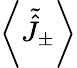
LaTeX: \left\langle\tilde{\hat{J}}_{\pm}\right\rangle